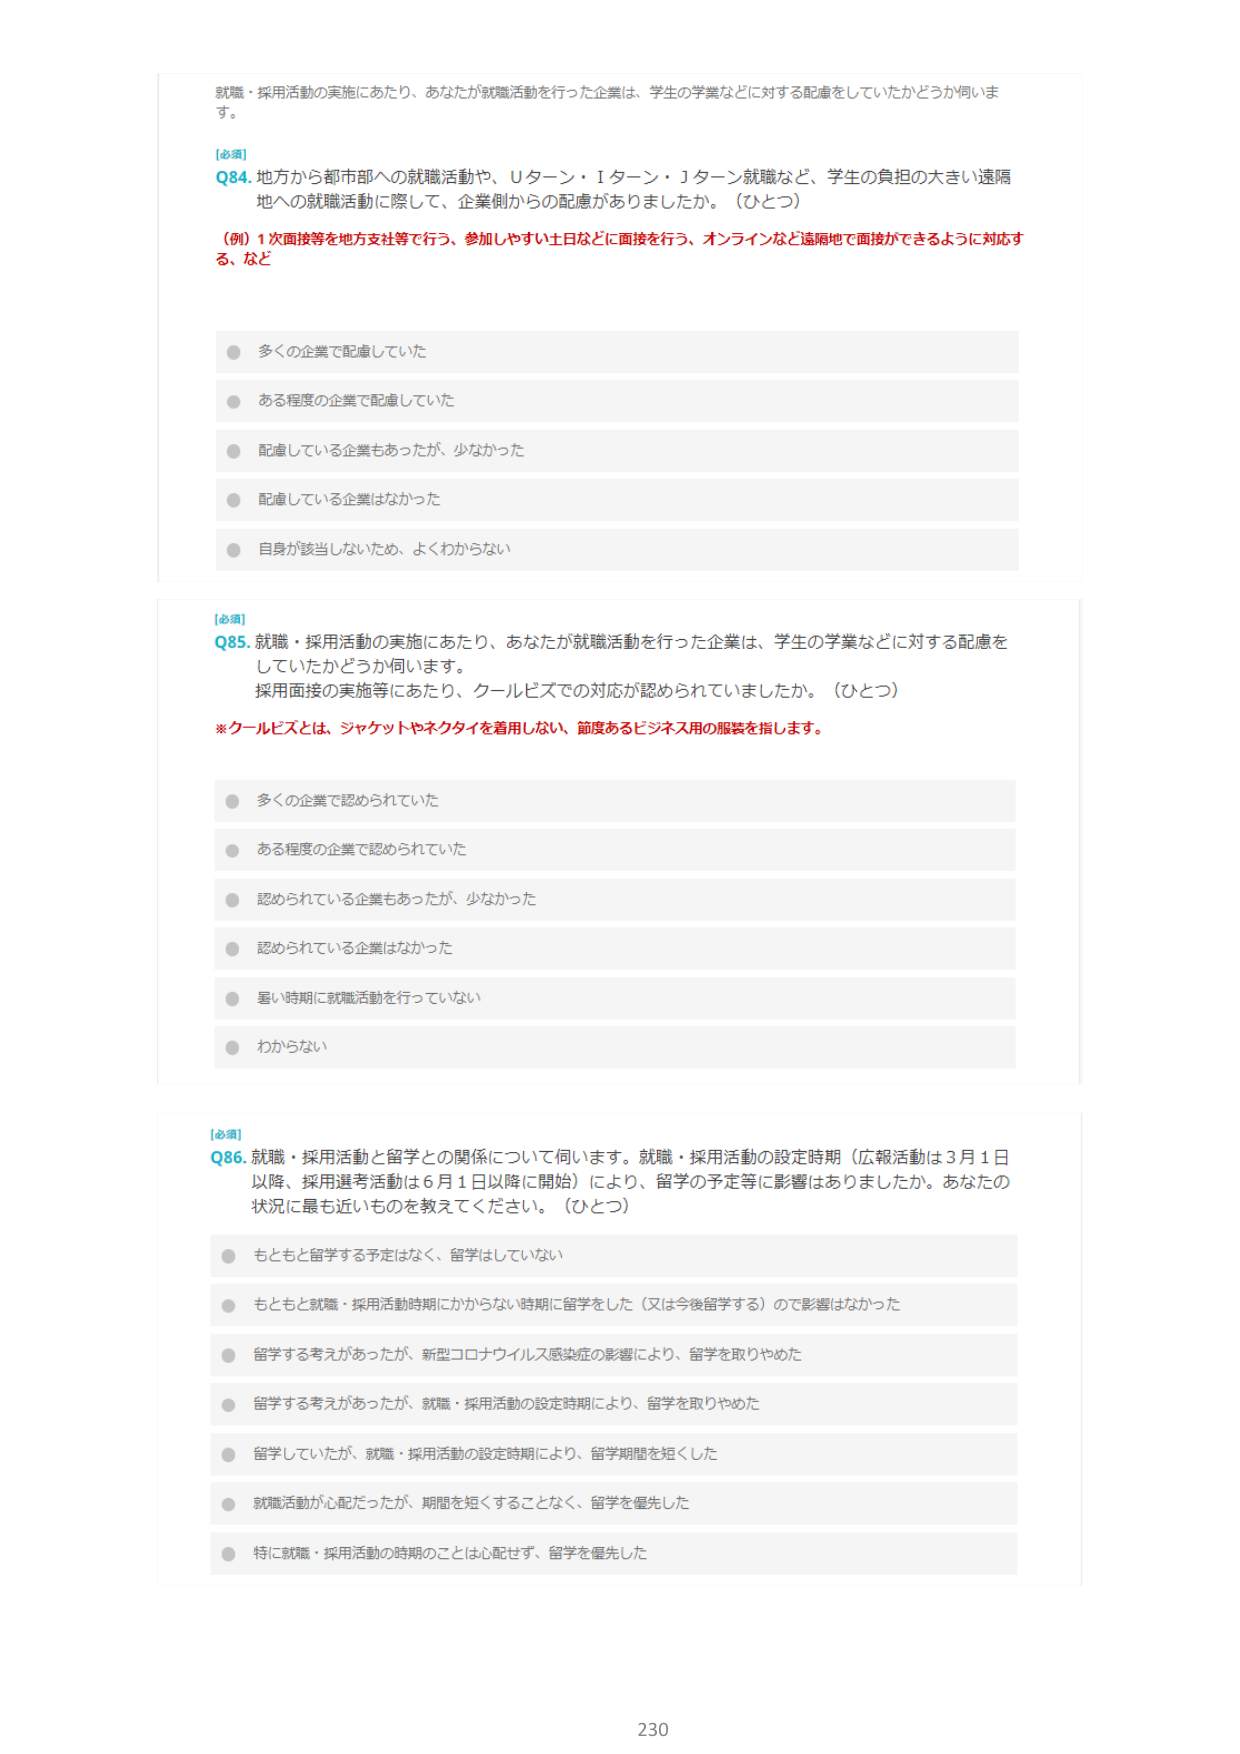
就職・採用活動の実施にあたり、あなたが就職活動を行った企業は、学生の学業などに対する配慮をしていたかどうか伺います。

[必須]
Q84. 地方から都市部への就職活動や、Uターン・Iターン・Jターン就職など、学生の負担の大きい遠隔地への就職活動に際して、企業側からの配慮がありましたか。（ひとつ）
（例）1次面接等を地方支社等で行う、参加しやすい土日などに面接を行う、オンラインなど遠隔地で面接ができるように対応する、など

● 多くの企業で配慮していた
● ある程度の企業で配慮していた
● 配慮している企業もあったが、少なかった
● 配慮している企業はなかった
● 自身が該当しないため、よくわからない

[必須]
Q85. 就職・採用活動の実施にあたり、あなたが就職活動を行った企業は、学生の学業などに対する配慮をしていたかどうか伺います。
採用面接の実施等にあたり、クールビズでの対応が認められていましたか。（ひとつ）
※クールビズとは、シャケットやネクタイを着用しない、節度あるビジネス用の服装を指します。

● 多くの企業で認められていた
● ある程度の企業で認められていた
● 認められている企業もあったが、少なかった
● 認められている企業はなかった
● 暑い時期に就職活動を行っていない
● わからない

[必須]
Q86. 就職・採用活動と留学との関係について伺います。就職・採用活動の設定時期（広報活動は3月1日以降、採用選考活動は6月1日以降に開始）により、留学の予定等に影響はありましたか。あなたの状況に最も近いものを教えてください。（ひとつ）

● もともと留学する予定はなく、留学はしていない
● もともと就職・採用活動時期にかからない時期に留学をした（又は今後留学する）ので影響はなかった
● 留学する考えがあったが、新型コロナウイルス感染症の影響により、留学を取りやめた
● 留学する考えがあったが、就職・採用活動の設定時期により、留学を取りやめた
● 留学していたが、就職・採用活動の設定時期により、留学期間を短くした
● 就職活動が心配だったが、期間を短くすることなく、留学を優先した
● 特に就職・採用活動の時期のことは心配せず、留学を優先した

230